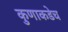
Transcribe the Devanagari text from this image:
कुणाकडेच